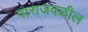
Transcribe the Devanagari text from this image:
पाराजवळील